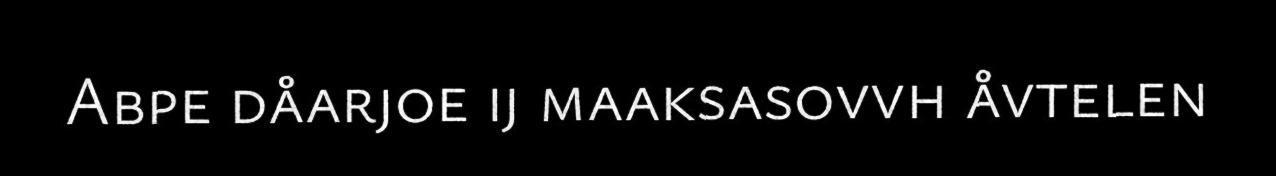
Abpe dåarjoe ij maaksasovvh åvtelen